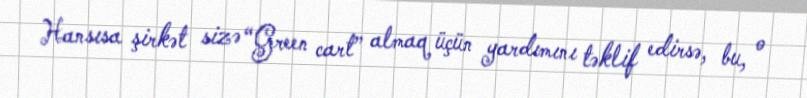
Hansısa şirkət sizə “Green cart” almaq üçün yardımını təklif edirsə, bu, o